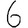
Digit: 6